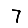
Digit: 7